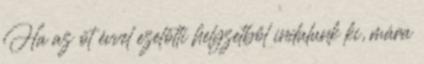
Ha az öt évvel ezelőtti helyzetből indulunk ki, mára